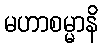
မဟာစမ္မာနိ